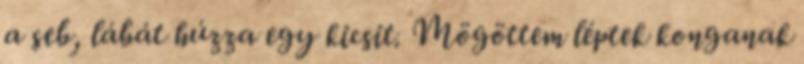
a seb, lábát húzza egy kicsit. Mögöttem léptek konganak